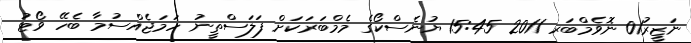
ނަޒީރު01 ނޮވެމްބަރ 2011 15:45 ޔުނެސްކޯގެ މެމްބަރަކަށް ފަލަސްތީނު ހަމަޖެއްސުމާ ބެހޭ ވޯޓު